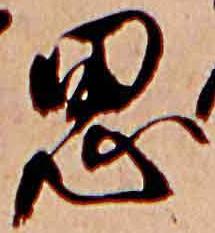
思